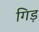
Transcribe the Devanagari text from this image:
गिड़